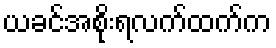
ယခင်အစိုးရလက်ထက်က